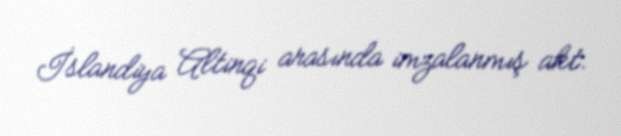
İslandiya Altinqi arasında imzalanmış akt.